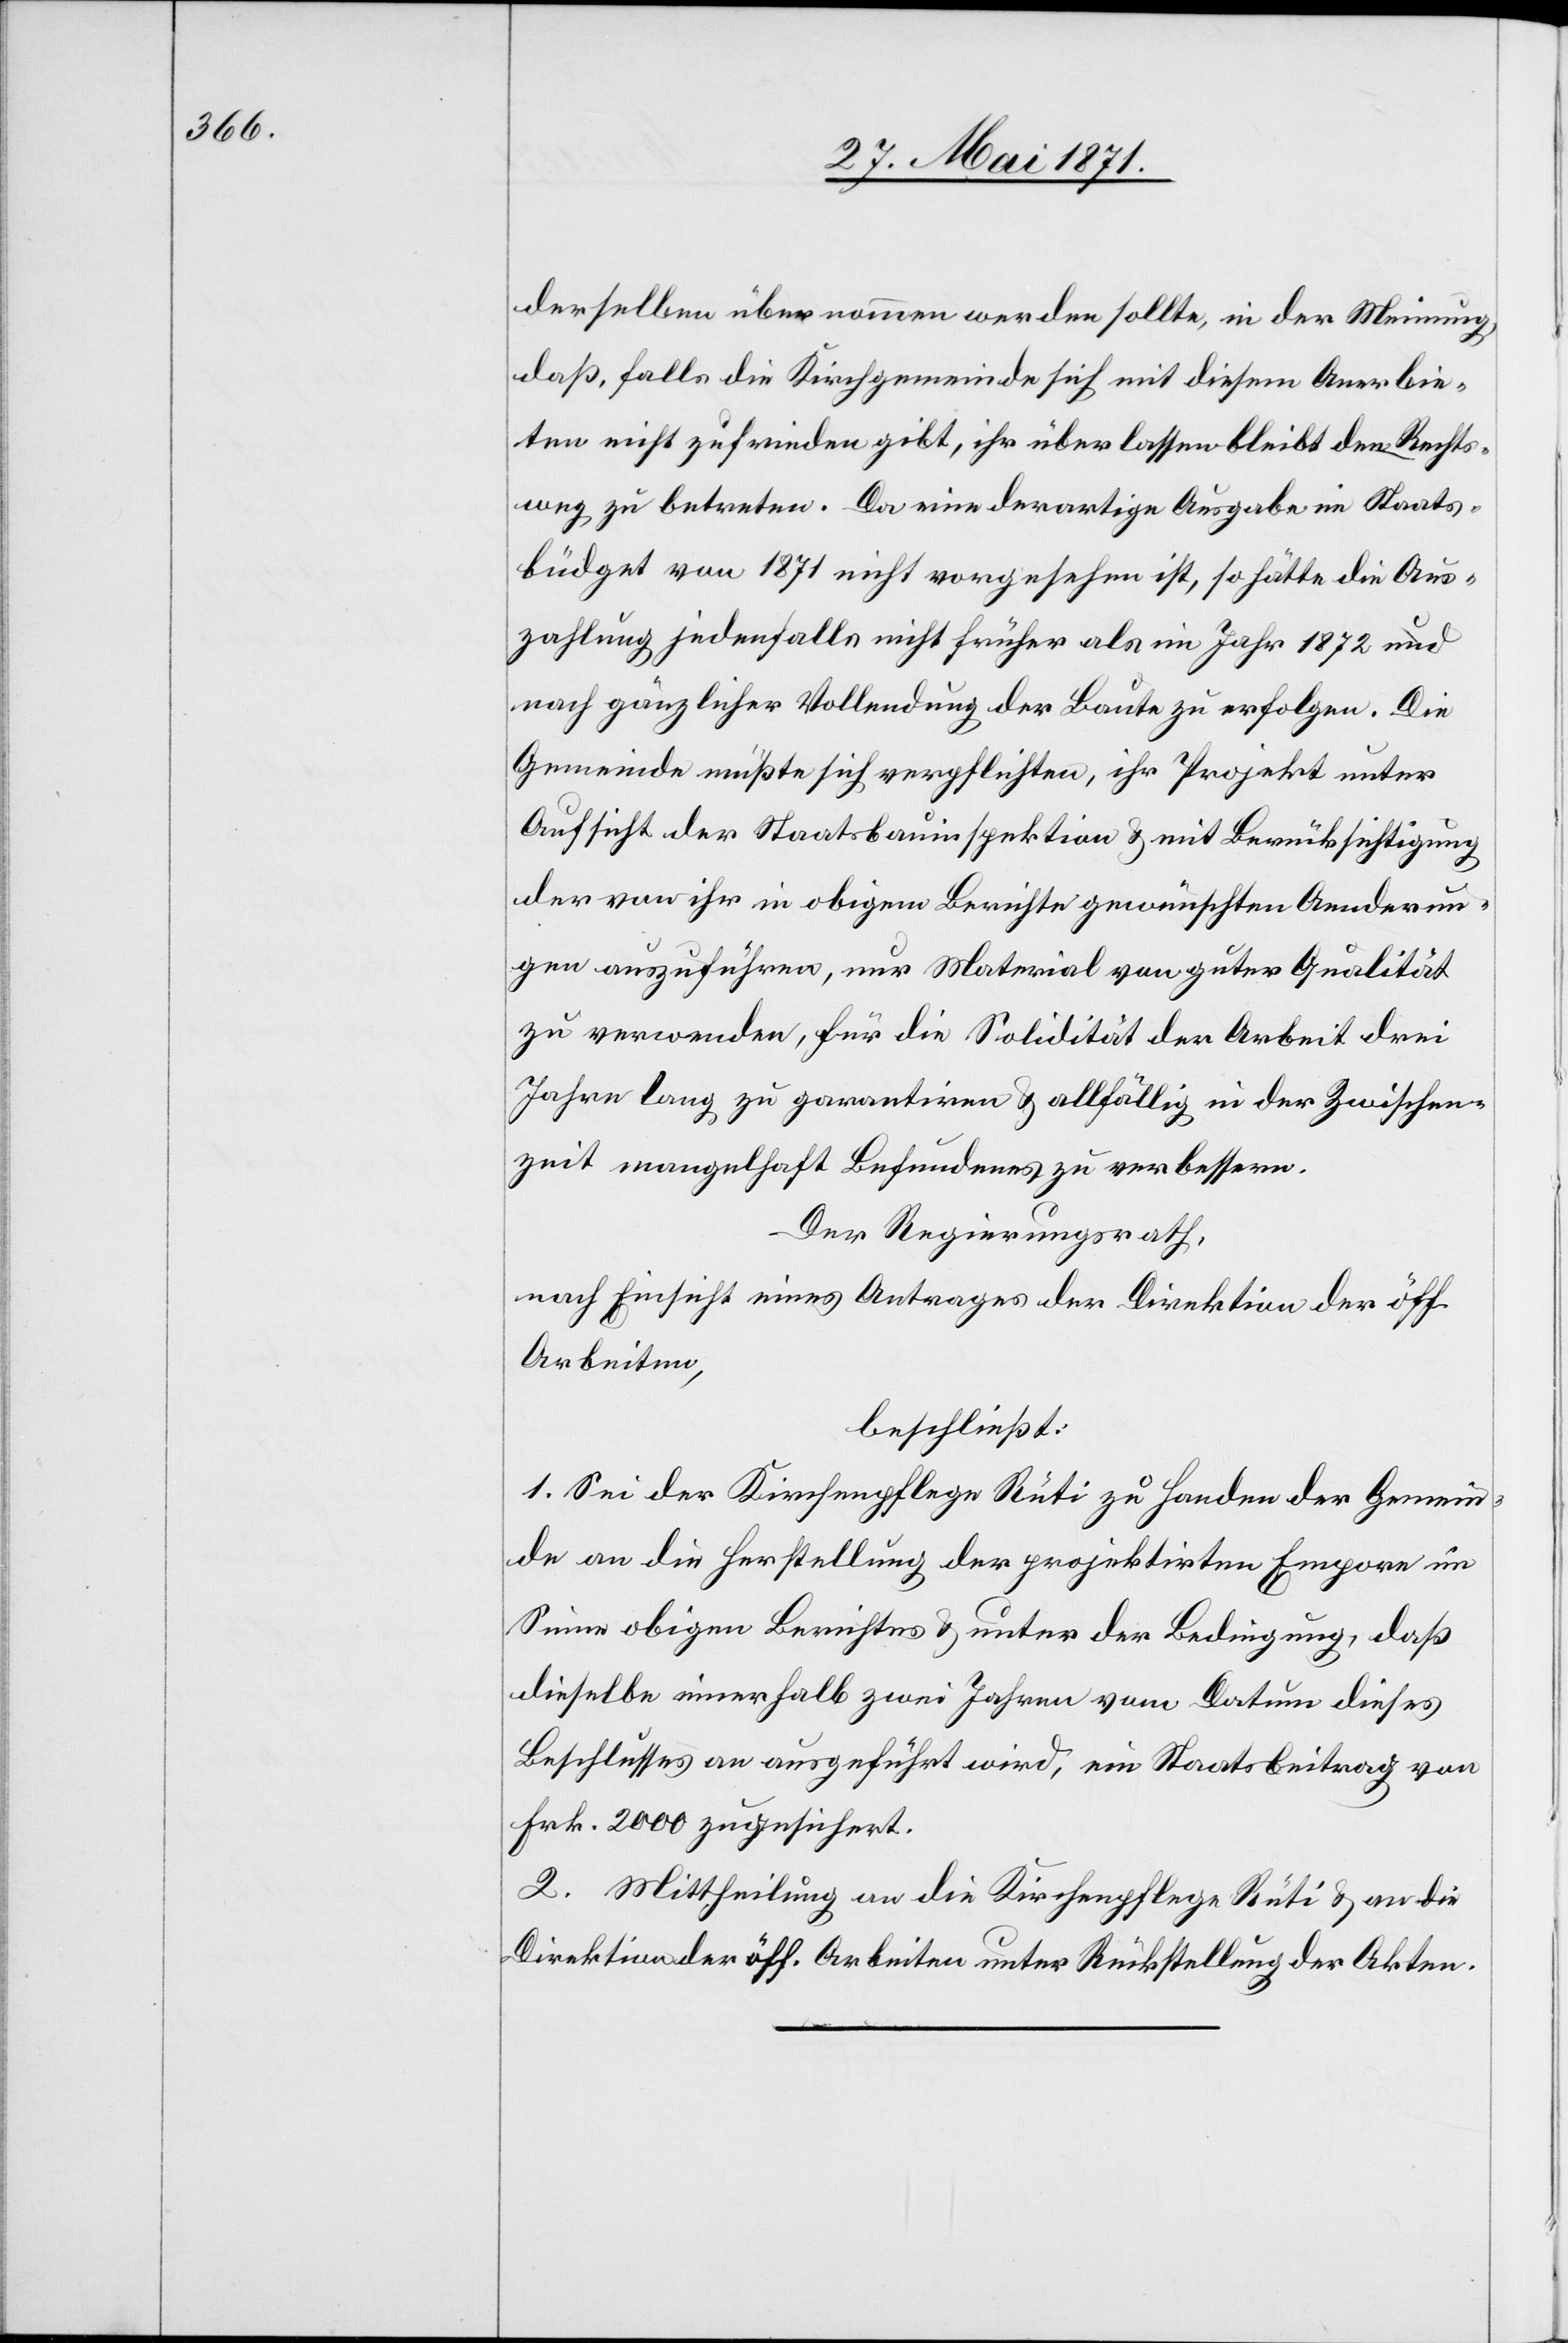
derselben übernommen werden sollte, in der Meinung,
daß, falls die Kirchgemeinde sich mit diesem Anerbie¬
ten nicht zufrieden gibt, ihr überlassen bleibt den Rechts¬
weg zu betreten. Da eine derartige Ausgabe im Staats¬
büdget von 1871 nicht vorgesehen ist, so hätte die Aus¬
zahlung jedenfalls nicht früher als im Jahr 1871 und
nach gänzlicher Vollendung der Baute zu erfolgen. Die
Gemeinde müßte sich verpflichten, ihr Projekt unter
Aufsicht der Staatsbauinspektion u. mit Berücksichtigung
der von ihr in obigem Berichte gewünschten Aenderun¬
gen auszuführen, nur Material von guter Qualität
zu verwenden, für die Solidität der Arbeit drei
Jahre lang zu garantiren u. allfällig in der Zwischen¬
zeit mangelhaft Befundenes zu verbessern.
Der Regierungsrath,
nach Einsicht eines Antrages der Direktion der öff.
Arbeiten,
beschließt:
1. Sei der Kirchenpflege Rüti zu Handen der Gemein¬
de an die Herstellung der projektirten Empore im
Sinne obigen Berichtes u. unter der Bedingung, daß
dieselbe innerhalb zwei Jahren vom Datum dieses
Beschlusses an ausgeführt wird, ein Staatsbeitrag von
Frk. 2000 zugesichert.
2. Mittheilung an die Kirchenpflege Rüti u. an die
Direktion der öff. Arbeiten unter Rückstellung der Akten.